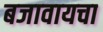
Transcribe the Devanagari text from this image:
बजावायचा